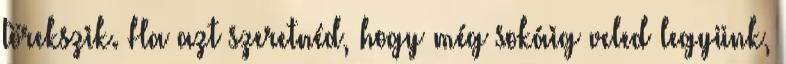
törekszik. Ha azt szeretnéd, hogy még sokáig veled legyünk,